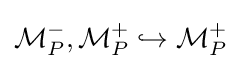
{\mathcal {M}}_{P}^{-},{\mathcal {M}}_{P}^{+}\hookrightarrow {\mathcal {M}}_{P}^{+}